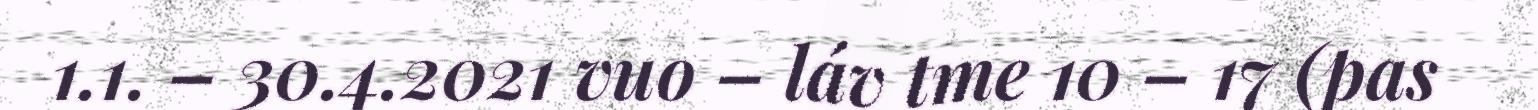
1.1. – 30.4.2021 vuo – láv tme 10 – 17 (pas